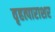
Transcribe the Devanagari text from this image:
वृहत्पाराशर